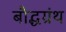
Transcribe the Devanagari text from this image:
बौद्धग्रंथ